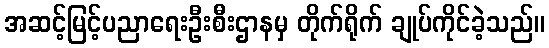
အဆင့်မြင့်ပညာရေးဦးစီးဌာနမှ တိုက်ရိုက် ချုပ်ကိုင်ခဲ့သည်။